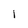
Character: I